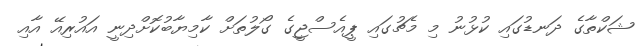
ޝަކްތާގެ ދަނޑުގައި ކުޅުނު މި މެޗުގައި ޕީއެސްޖީގެ ގޯލުތަށް ކާމިޔާބުކޮށްދިނީ އައުރިއޭ އާއި